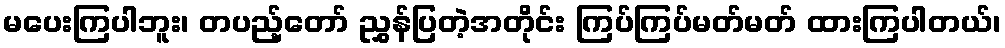
မပေးကြပါဘူး၊ တပည့်တော် ညွှန်ပြတဲ့အတိုင်း ကြပ်ကြပ်မတ်မတ် ထားကြပါတယ်၊